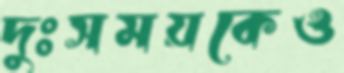
দুঃসময়কেও